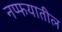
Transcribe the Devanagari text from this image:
नप्फयातील